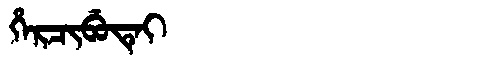
Manchu: ᡥᡝᡵᠴᡳᠪᡠᡨᡝᡳ
Romanization: HERCIBUTEI